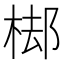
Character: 𣓹